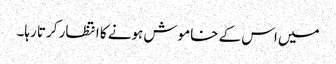
میں اس کے خاموش ہونے کا انتظار کرتا رہا۔